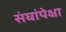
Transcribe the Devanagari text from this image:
संघांपेक्षा